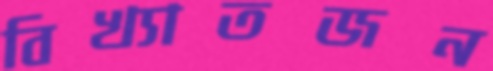
বিখ্যাতজন